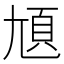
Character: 𡯺